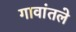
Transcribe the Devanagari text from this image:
गावांतले